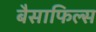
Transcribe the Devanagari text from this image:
बैसाफिल्स